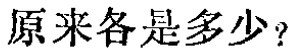
原来各是多少？